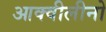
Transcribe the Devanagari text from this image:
आक्वीलीनो